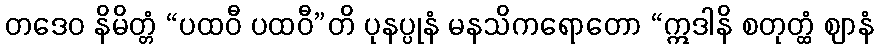
တဒေဝ နိမိတ္တံ “ပထဝီ ပထဝီ”တိ ပုနပ္ပုနံ မနသိကရောတော “ဣဒါနိ စတုတ္ထံ ဈာနံ